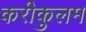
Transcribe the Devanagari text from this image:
करीकुलम